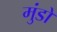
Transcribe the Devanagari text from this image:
मुंडों